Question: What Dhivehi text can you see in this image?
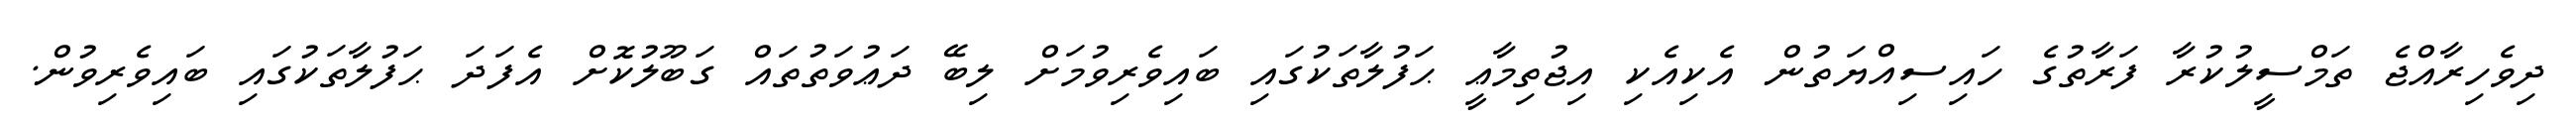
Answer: ދިވެހިރާއްޖެ ތަމްސީލުކުރާ ފަރާތުގެ ހައިސިއްޔަތުން އެކިއެކި އިޖުތިމާޢީ ޙަފުލާތަކުގައި ބައިވެރިވުމަށް ލިބޭ ދަޢުވަތުތައް ގަބޫލުކޮށް އެފަދަ ޙަފުލާތަކުގައި ބައިވެރިވުން.